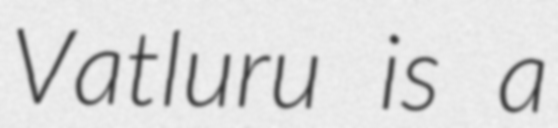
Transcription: Vatluru is a